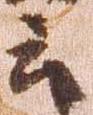
云